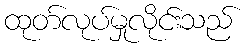
ထုတ်လုပ်မှုလိုင်းသည်